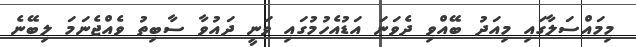
މިމައްސަލާގައި މިއަދު ބޭއްވި ދެވަނަ އަޑުއެހުމުގައި ވަނީ ދައުވާ ސާބިތު ވެއްޖެނަމަ ލިބޭނެ